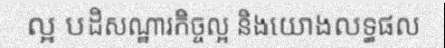
ល្អ បដិសណ្ឋារកិច្ចល្អ និងយោងលទ្ធផល